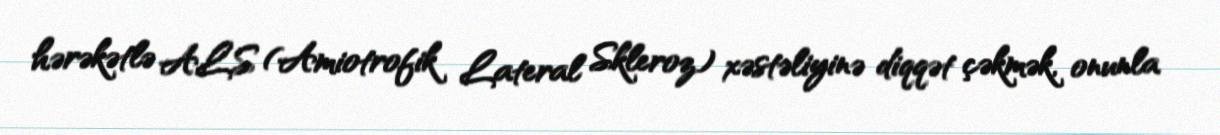
hərəkətlə ALS (Amiotrofik Lateral Skleroz) xəstəliyinə diqqət çəkmək, onunla